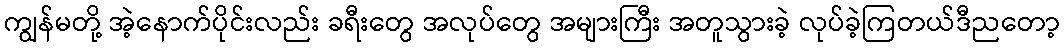
ကျွန်မတို့ အဲ့နောက်ပိုင်းလည်း ခရီးတွေ အလုပ်တွေ အများကြီး အတူသွားခဲ့ လုပ်ခဲ့ကြတယ်ဒီညတော့